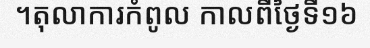
។តុលាការកំពូល កាលពីថ្ងៃទី១៦